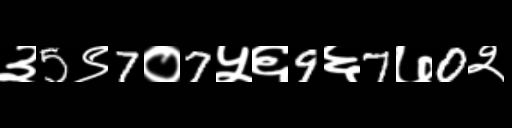
Text: ३5९7०7५६9६7७0२